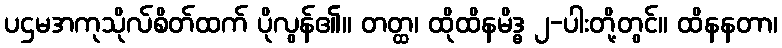
ပဌမအကုသိုလ်စိတ်ထက် ပိုလွန်၏။ တတ္ထ၊ ထိုထိနမိဒ္ဓ ၂-ပါးတို့တွင်။ ထိနနတာ၊